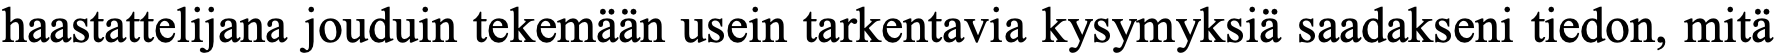
haastattelijana jouduin tekemään usein tarkentavia kysymyksiä saadakseni tiedon, mitä